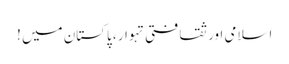
اسلامی اور ثقافتی تہوار ، پاکستان میں !